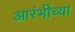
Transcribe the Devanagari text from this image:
आरंभींच्या